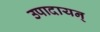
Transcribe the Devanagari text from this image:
उपादायन्